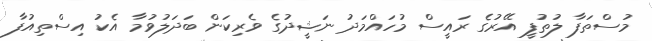
މުސްތަފާ ލުތުފީ އޭރުގެ ރައީސް މުހައްމަދު ނަޝީދުގެ ވެރިކަން ބަދަލުވުމާ އެކު އިސްތިއުފާ